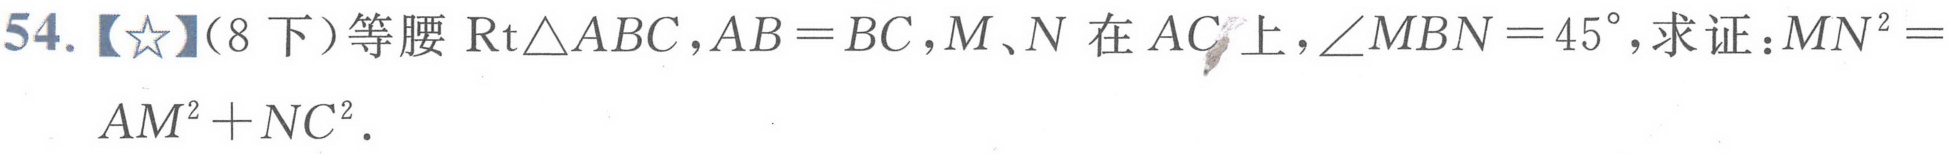
54.【★】(8 下)等腰$\text{Rt}\triangle ABC,AB = BC,M、N$在$AC$上,$\angle MBN = 45^{\circ}$,求证：$MN^{2}=$
$AM^{2}+NC^{2}.$